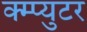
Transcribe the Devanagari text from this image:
क्म्प्युटर